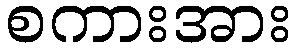
စကားအား